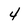
Character: 4